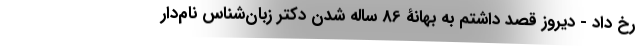
رخ داد - دیروز قصد داشتم به بهانۀ 86 ساله شدن دکتر زبان‌شناس نام‌دار